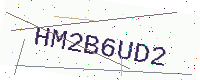
Text: HM2B6UD2